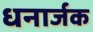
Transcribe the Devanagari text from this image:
धनार्जक